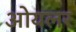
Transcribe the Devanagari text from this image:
ओयलर